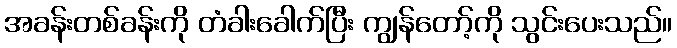
အခန်းတစ်ခန်းကို တံခါးခေါက်ပြီး ကျွန်တော့်ကို သွင်းပေးသည်။